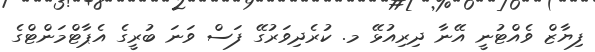
ފިޔާޒް ވެއްޓުނީ އޭނާ ދިރިއުޅޭ މ. ކުރެދިވަރުގޭ ފަސް ވަނަ ބުރީގެ އެޕާޓްމަންޓްގެ